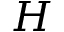
H